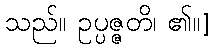
သည်။ ဥပ္ပဇ္ဇတိ၊ ၏။]